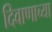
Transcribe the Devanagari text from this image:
दिवाणाच्या